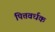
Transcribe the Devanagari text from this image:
पित्तवर्धक